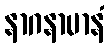
နာဂနာမာနံ